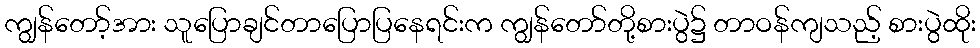
ကျွန်တော့်အား သူပြောချင်တာပြောပြနေရင်းက ကျွန်တော်တို့စားပွဲ၌ တာဝန်ကျသည့် စားပွဲထိုး